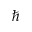
\hbar